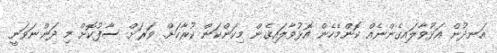
އަނދުން އަޅުވާލައިގެންނެއް ކޮންމެހެން އޮޅުވާލައިގެން މިކަންކަން ކުރާކަށް. ވަރަށް ސާފުކޮށް މި ދަންނަވަނީ